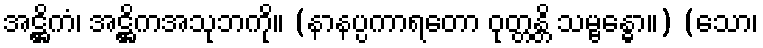
အဋ္ဌိကံ၊ အဋ္ဌိကအသုဘကို။ (နာနပ္ပကာရတော ဝုတ္တန္တိ သမ္ဗန္ဓော။) (သော၊